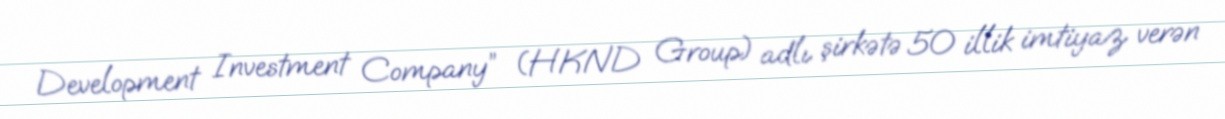
Development Investment Company” (HKND Group) adlı şirkətə 50 illik imtiyaz verən